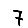
Digit: 7